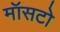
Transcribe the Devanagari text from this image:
मॉसटो